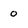
Character: 0